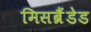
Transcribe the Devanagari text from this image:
मिसब्रैंडेड